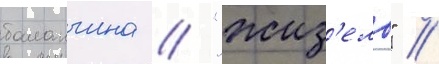
баланчина / "жиз'ель" /